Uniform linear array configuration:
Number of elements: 32
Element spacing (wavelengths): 0.5
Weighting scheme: hamming
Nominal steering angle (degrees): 60
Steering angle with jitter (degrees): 60.666
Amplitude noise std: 0.05
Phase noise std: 0.05

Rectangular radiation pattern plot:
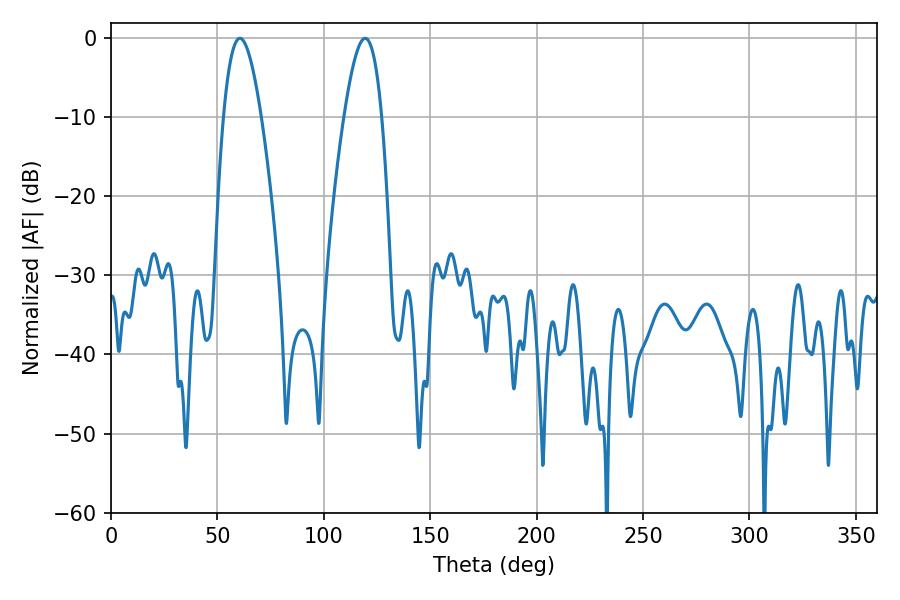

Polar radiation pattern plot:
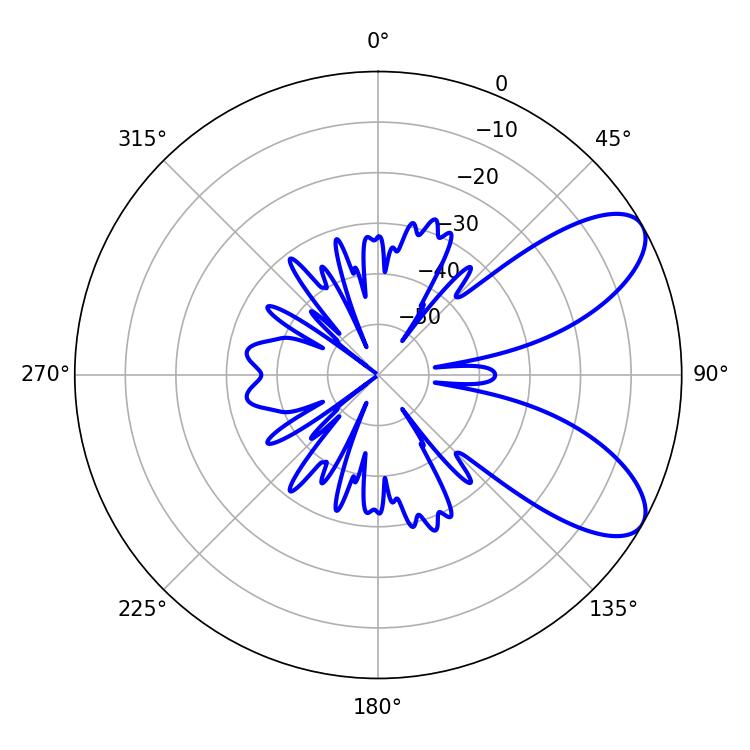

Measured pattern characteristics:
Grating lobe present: FALSE
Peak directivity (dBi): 7.979
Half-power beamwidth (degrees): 9.54
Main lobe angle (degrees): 60.48